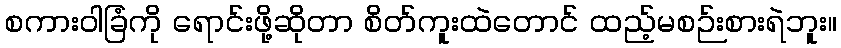
စကားဝါခြံကို ရောင်းဖို့ဆိုတာ စိတ်ကူးထဲတောင် ထည့်မစဉ်းစားရဲဘူး။